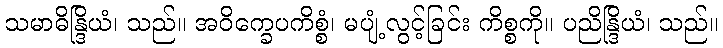
သမာဓိန္ဒြိယံ၊ သည်။ အဝိက္ခေပကိစ္စံ၊ မပျံ့လွင့်ခြင်း ကိစ္စကို။ ပညိန္ဒြိယံ၊ သည်။